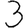
Digit: 3